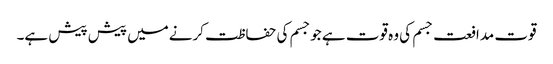
قوت مدافعت جسم کی وہ قوت ہے جوجسم کی حفاظت کرنےمیں پیش پیش ہے۔